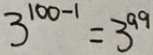
3 ^ { 1 0 0 - 1 } = 3 ^ { 9 9 }